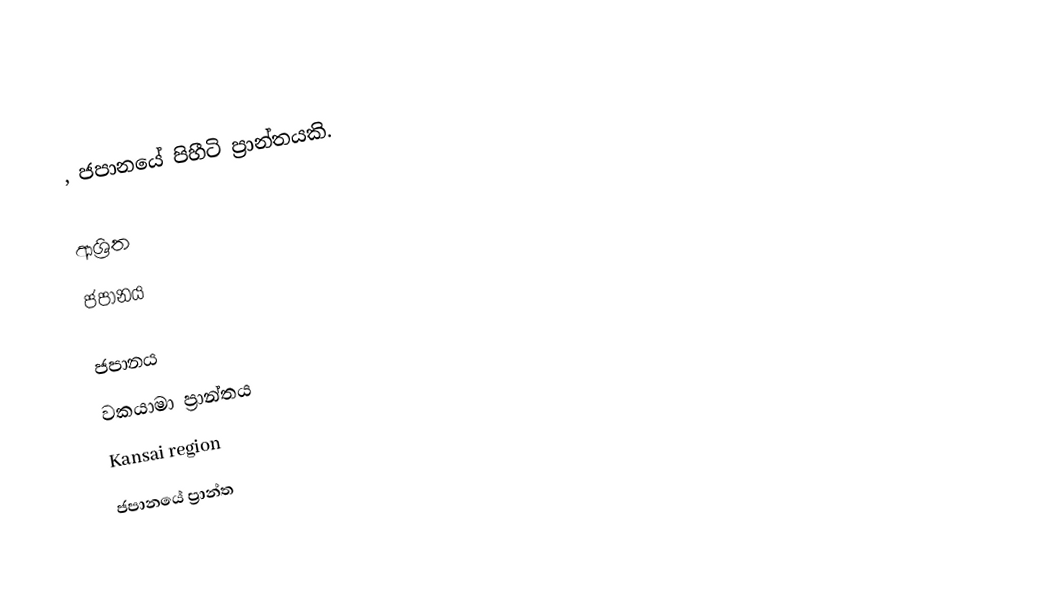
, ජපානයේ පිහීටි ප්‍රාන්තයකි.

ආශ්‍රිත
 ජපානය

ජපානය
වකයාමා ප්‍රාන්තය
Kansai region
ජපානයේ ප්‍රාන්ත